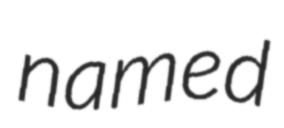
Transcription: named